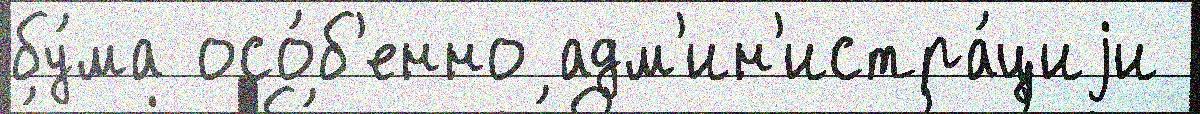
бу́ма осо́б'енно адм'ин'истра́циjи